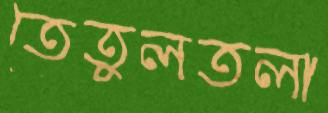
তেতুলতলা